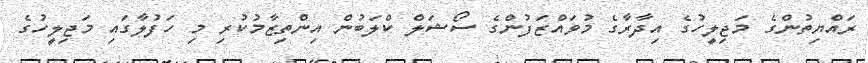
ރައްޔިތުންގެ މަޖިލީހުގެ އިދާރާގެ މުވައްޒަފުންގެ ސޯޝަލް ކްލަބުން އިންތިޒާމުކުރި މި ހަފުލާގައި މަޖިލީހުގެ